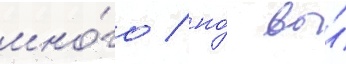
мно́го / но́ вы́